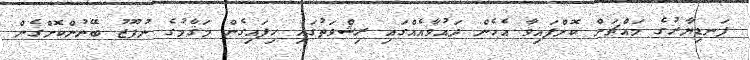
ފަނޑިޔާރުގެ މައްޗަށް ކޮށްފައިވާ އެހެން ދައުވާއެއްގައި ރިޝްވަތުގައި ހިފައިގެން މަޤާމުގެ ނުފޫޒު ބޭނުންކޮށްގެން